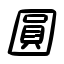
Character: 圓